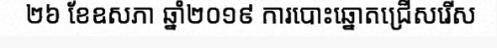
២៦ ខែឧសភា ឆ្នាំ២០១៩ ការបោះឆ្នោតជ្រើសរើស